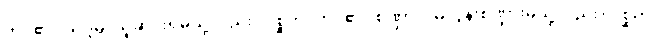
ကပ်၏။ သုဒ္ဒိမ္ပိ၊ သူဆင်းရဲမသို့လည်း။ ဂစ္ဆတိ၊ ကပ်၏။ စဏ္ဍာလိမ္ပိ၊ ဒွန်းစဏ္ဍားမသို့လည်း။ ဂစ္ဆတိ၊